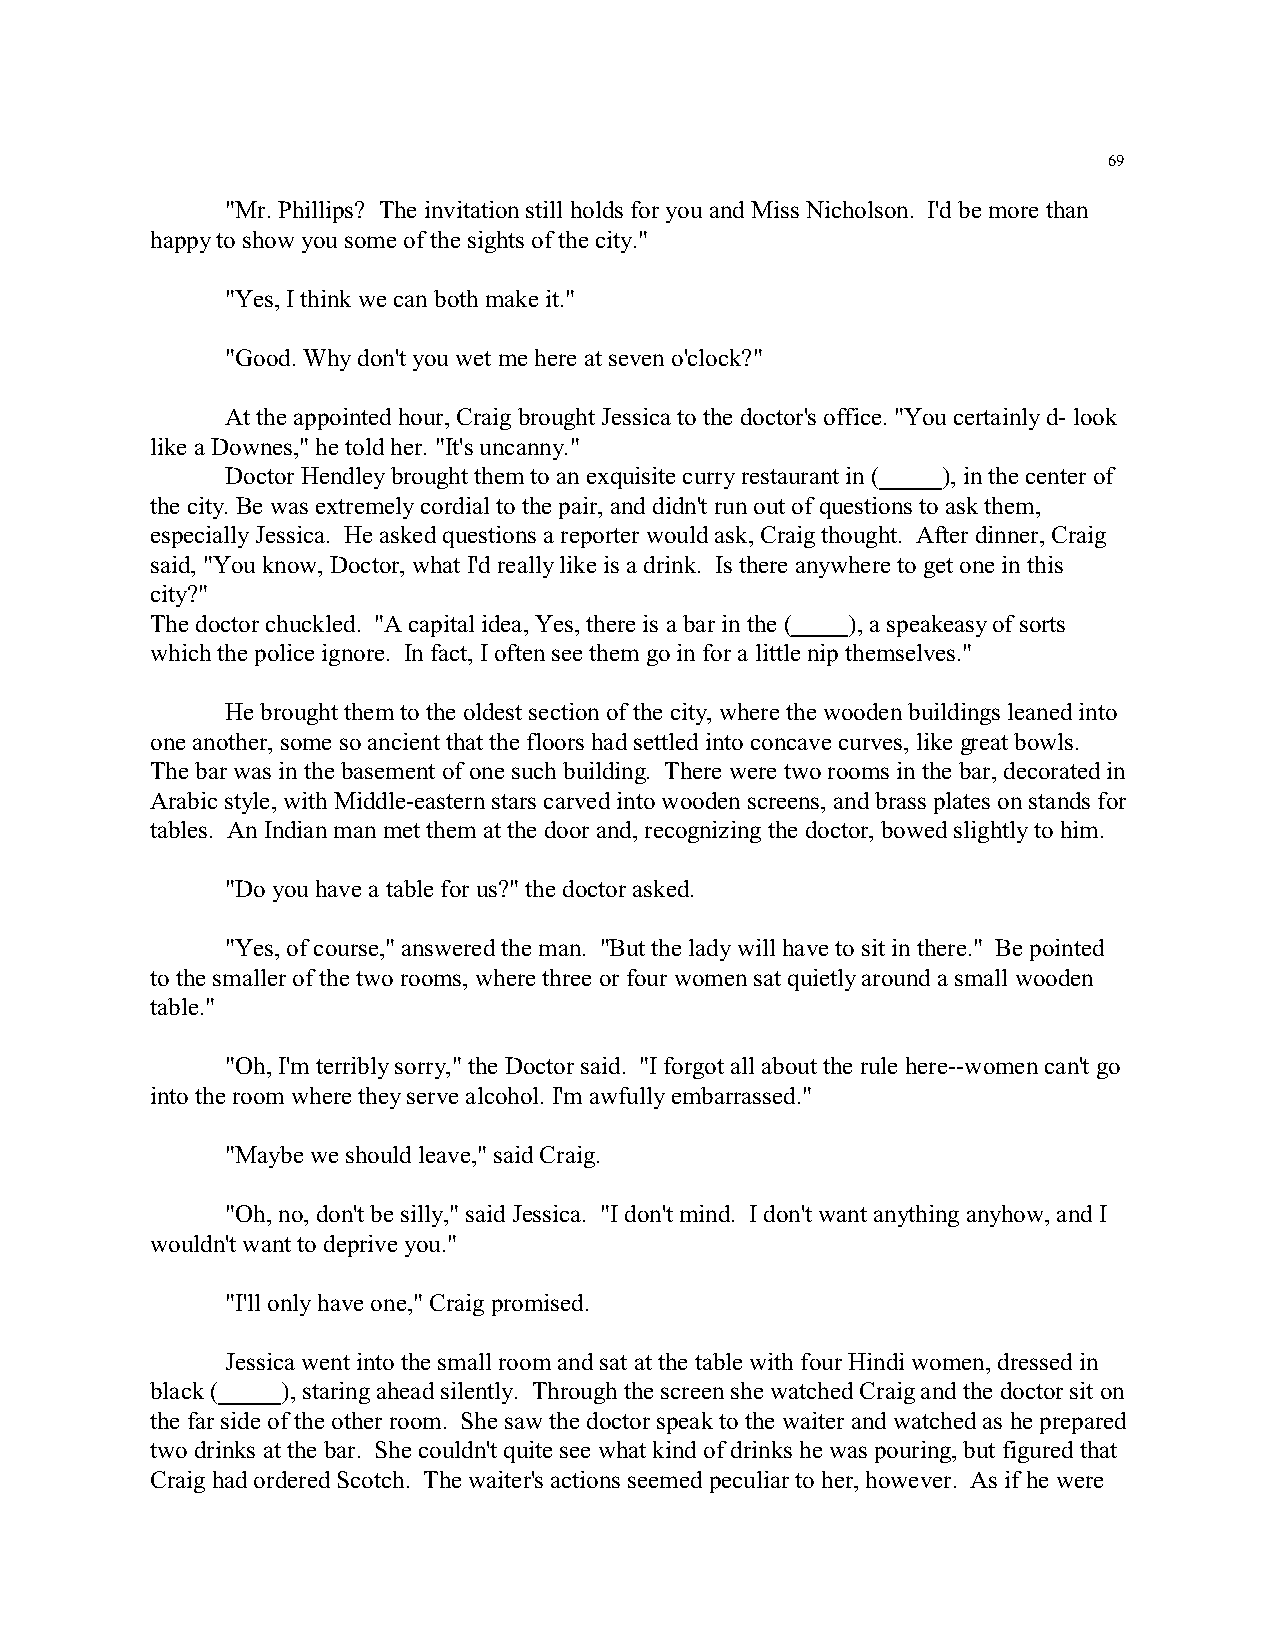
69
 "Mr. Phillips? The invitation still holds for you and Miss Nicholson. I'd be more than
 happy to show you some of the sights of the city."
 "Yes, I think we can both make it."
 "Good. Why don't you wet me here at seven o'clock?"
 At the appointed hour, Craig brought Jessica to the doctor's office. "You certainly d- look
 like a Downes," he told her. "It's uncanny."
 Doctor Hendley brought them to an exquisite curry restaurant in ( ), in the center of
 the city. Be was extremely cordial to the pair, and didn't run out of questions to ask them,
 especially Jessica. He asked questions a reporter would ask, Craig thought. After dinner, Craig
 said, "You know, Doctor, what I'd really like is a drink. Is there anywhere to get one in this
 city?"
 The doctor chuckled. "A capital idea, Yes, there is a bar in the ( ), a speakeasy of sorts
 which the police ignore. In fact, I often see them go in for a little nip themselves."
 He brought them to the oldest section of the city, where the wooden buildings leaned into
 one another, some so ancient that the floors had settled into concave curves, like great bowls.
 The bar was in the basement of one such building. There were two rooms in the bar, decorated in
 Arabic style, with Middle-eastern stars carved into wooden screens, and brass plates on stands for
 tables. An Indian man met them at the door and, recognizing the doctor, bowed slightly to him.
 "Do you have a table for us?" the doctor asked.
 "Yes, of course," answered the man. "But the lady will have to sit in there." Be pointed
 to the smaller of the two rooms, where three or four women sat quietly around a small wooden
 table."
 "Oh, I'm terribly sorry," the Doctor said. "I forgot all about the rule here--women can't go
 into the room where they serve alcohol. I'm awfully embarrassed."
 "Maybe we should leave," said Craig.
 "Oh, no, don't be silly," said Jessica. "I don't mind. I don't want anything anyhow, and I
 wouldn't want to deprive you."
 "I'll only have one," Craig promised.
 Jessica went into the small room and sat at the table with four Hindi women, dressed in
 black (  ), staring ahead silently. Through the screen she watched Craig and the doctor sit on
 the far side of the other room. She saw the doctor speak to the waiter and watched as he prepared
 two drinks at the bar. She couldn't quite see what kind of drinks he was pouring, but figured that
 Craig had ordered Scotch. The waiter's actions seemed peculiar to her, however. As if he were